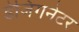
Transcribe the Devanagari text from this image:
डेजिगनेटर